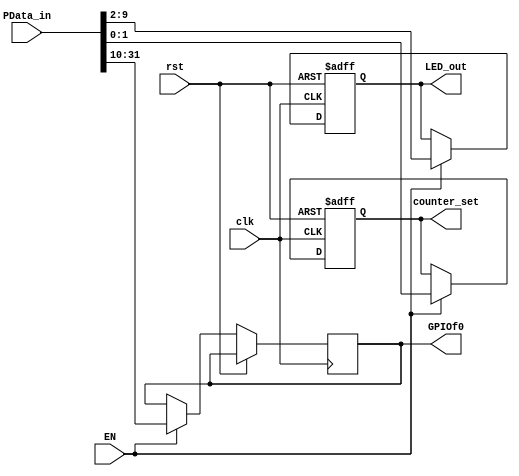
`timescale 1ns / 1ps
//////////////////////////////////////////////////////////////////////////////////
// Company: 
// Engineer: 
// 
// Design Name: 
// Module Name:    PIO 
// Project Name: 
// Target Devices: 
// Tool versions: 
// Description: 
//
// Dependencies: 
//
// Revision: 
// Revision 0.01 - File Created
// Additional Comments: 
//
//////////////////////////////////////////////////////////////////////////////////
module PIO(
    input wire clk,
	 input wire rst,
	 input wire EN,
	 input wire [31:0] PData_in,
	 output reg[1:0] counter_set,
	 output [7:0] LED_out,
	 output reg[21:0]GPIOf0
    );
	 
  reg [7:0] LED;
  assign LED_out = LED;
  always @(negedge clk or posedge rst) begin
    if(rst)begin LED <= 8'h2A; counter_set <= 2'b00; end
    else if(EN)  {GPIOf0[21:0],LED,counter_set} <= PData_in;
    else begin LED <= LED; counter_set <= counter_set; end
  end	

endmodule